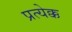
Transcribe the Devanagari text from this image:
प्रत्येक्क